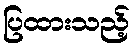
ပြထားသည့်